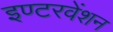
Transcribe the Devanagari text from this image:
इण्टरवेंशन